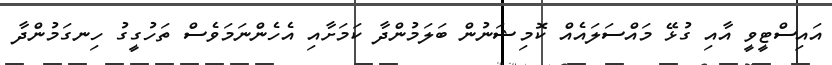
އައިސްޓީވީ އާއި ގުޅޭ މައްސަލައެއް ކޮމިޝަނުން ބަލަމުންދާ ކަމަށާއި އެހެންނަމަވެސް ތަހުގީގު ހިނގަމުންދާ